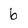
Character: 6